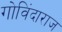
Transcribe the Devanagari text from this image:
गोविंदाराज